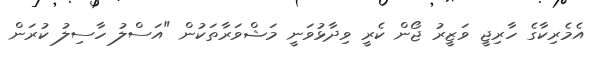
އެމެރިކާގެ ހާރިޖީ ވަޒީރު ޖޯން ކެރީ ވިދާޅުވަނީ މަޝްވަރާތަކުން "އަސްލު ހާސިލު ކުރަން